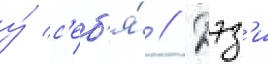
у́ с'еб'я́ // Дэз'и